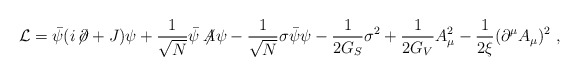
\begin{align*}{\cal L}=\bar{\psi}(i\!\not{\!\partial}+J)\psi +\frac{1}{\sqrt{N}}\bar{\psi}\not{\!\!A}\psi -\frac{1}{\sqrt{N}}\sigma\bar{\psi}\psi -\frac{1}{2G_S}\sigma^2 +\frac{1}{2G_V}A_\mu^2 -\frac{1}{2\xi}(\partial^\mu A_\mu)^2\ ,\end{align*}